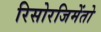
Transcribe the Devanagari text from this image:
रिसोरजिमेंतो